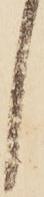
し